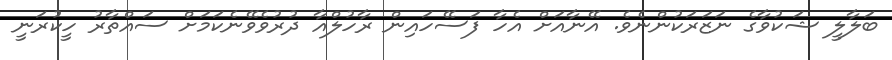
ބަލާލީ ޝަކުވާގެ ނަޒަރަކުންނެވެ. އޭނާއަށް އެހާ ފަސޭހައިން ރާހުލްއާ ދުރުވެވޭނެކަމަށް ސައްތާރު ހީކުރަނީ